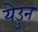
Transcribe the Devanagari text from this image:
येउुन